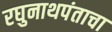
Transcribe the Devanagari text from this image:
रघुनाथपंताचा